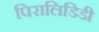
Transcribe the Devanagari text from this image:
पिरालिडिडी